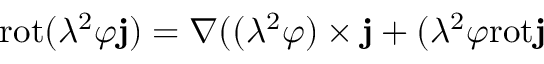
\mathrm { r o t } ( \lambda ^ { 2 } \varphi { \bf j } ) = \nabla ( ( \lambda ^ { 2 } \varphi ) \times { \bf j } + ( \lambda ^ { 2 } \varphi \mathrm { r o t } { \bf j }